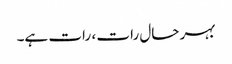
بہر حال رات ، رات ہے۔